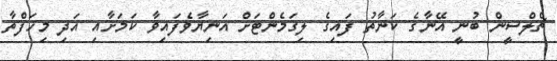
ޗެލްސީން ބުނީ އޭނާގެ ކަނާތު ފައިގެ ލިގަމެންޓަށް އަނިޔާވެފައިވާ ކަމަށާއި އަދި މިހަފްތާ